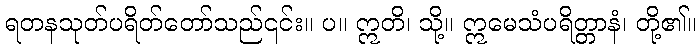
ရတနသုတ်ပရိတ်တော်သည်၎င်း။ ပ။ ဣတိ၊ သို့။ ဣမေသံပရိတ္တာနံ၊ တို့၏။